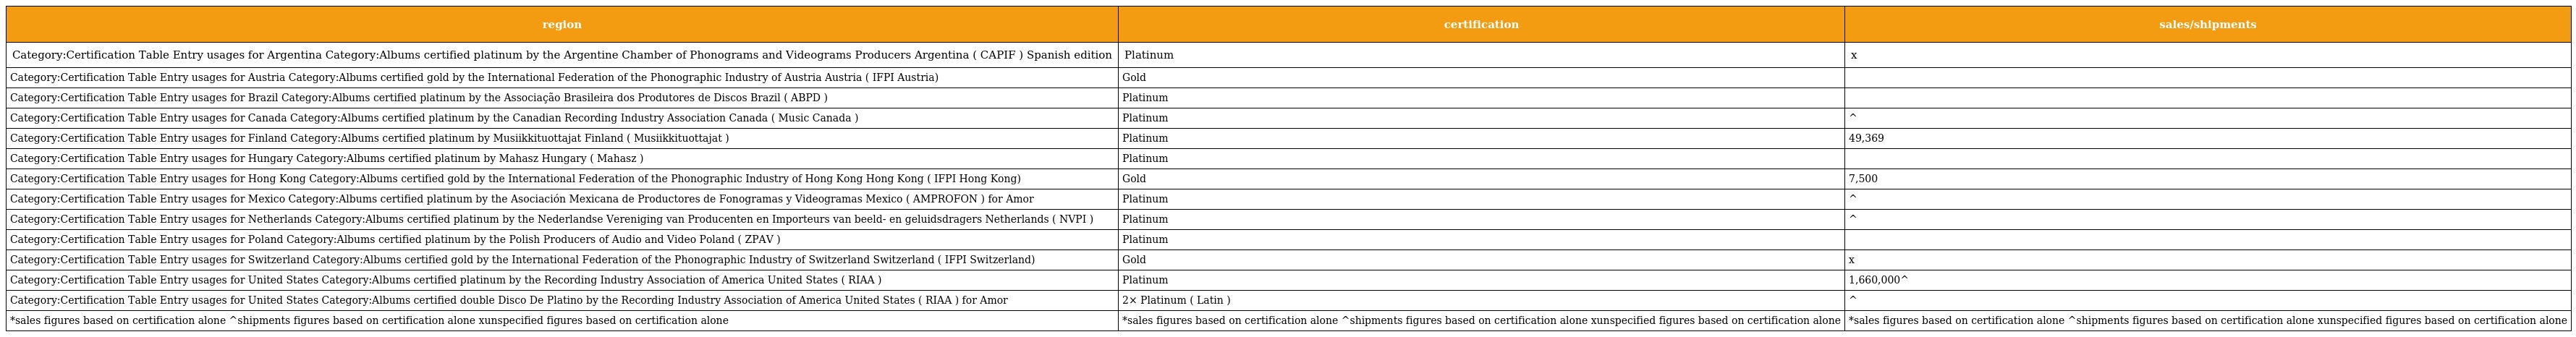
| region | certification | sales/shipments |
 | --- | --- | --- |
 | Category:Certification Table Entry usages for Argentina Category:Albums certified platinum by the Argentine Chamber of Phonograms and Videograms Producers Argentina ( CAPIF ) Spanish edition | Platinum | x |
 | Category:Certification Table Entry usages for Austria Category:Albums certified gold by the International Federation of the Phonographic Industry of Austria Austria ( IFPI Austria) | Gold |  |
 | Category:Certification Table Entry usages for Brazil Category:Albums certified platinum by the Associação Brasileira dos Produtores de Discos Brazil ( ABPD ) | Platinum |  |
 | Category:Certification Table Entry usages for Canada Category:Albums certified platinum by the Canadian Recording Industry Association Canada ( Music Canada ) | Platinum | ^ |
 | Category:Certification Table Entry usages for Finland Category:Albums certified platinum by Musiikkituottajat Finland ( Musiikkituottajat ) | Platinum | 49,369 |
 | Category:Certification Table Entry usages for Hungary Category:Albums certified platinum by Mahasz Hungary ( Mahasz ) | Platinum |  |
 | Category:Certification Table Entry usages for Hong Kong Category:Albums certified gold by the International Federation of the Phonographic Industry of Hong Kong Hong Kong ( IFPI Hong Kong) | Gold | 7,500 |
 | Category:Certification Table Entry usages for Mexico Category:Albums certified platinum by the Asociación Mexicana de Productores de Fonogramas y Videogramas Mexico ( AMPROFON ) for Amor | Platinum | ^ |
 | Category:Certification Table Entry usages for Netherlands Category:Albums certified platinum by the Nederlandse Vereniging van Producenten en Importeurs van beeld- en geluidsdragers Netherlands ( NVPI ) | Platinum | ^ |
 | Category:Certification Table Entry usages for Poland Category:Albums certified platinum by the Polish Producers of Audio and Video Poland ( ZPAV ) | Platinum |  |
 | Category:Certification Table Entry usages for Switzerland Category:Albums certified gold by the International Federation of the Phonographic Industry of Switzerland Switzerland ( IFPI Switzerland) | Gold | x |
 | Category:Certification Table Entry usages for United States Category:Albums certified platinum by the Recording Industry Association of America United States ( RIAA ) | Platinum | 1,660,000^ |
 | Category:Certification Table Entry usages for United States Category:Albums certified double Disco De Platino by the Recording Industry Association of America United States ( RIAA ) for Amor | 2× Platinum ( Latin ) | ^ |
 | *sales figures based on certification alone ^shipments figures based on certification alone xunspecified figures based on certification alone | *sales figures based on certification alone ^shipments figures based on certification alone xunspecified figures based on certification alone | *sales figures based on certification alone ^shipments figures based on certification alone xunspecified figures based on certification alone |